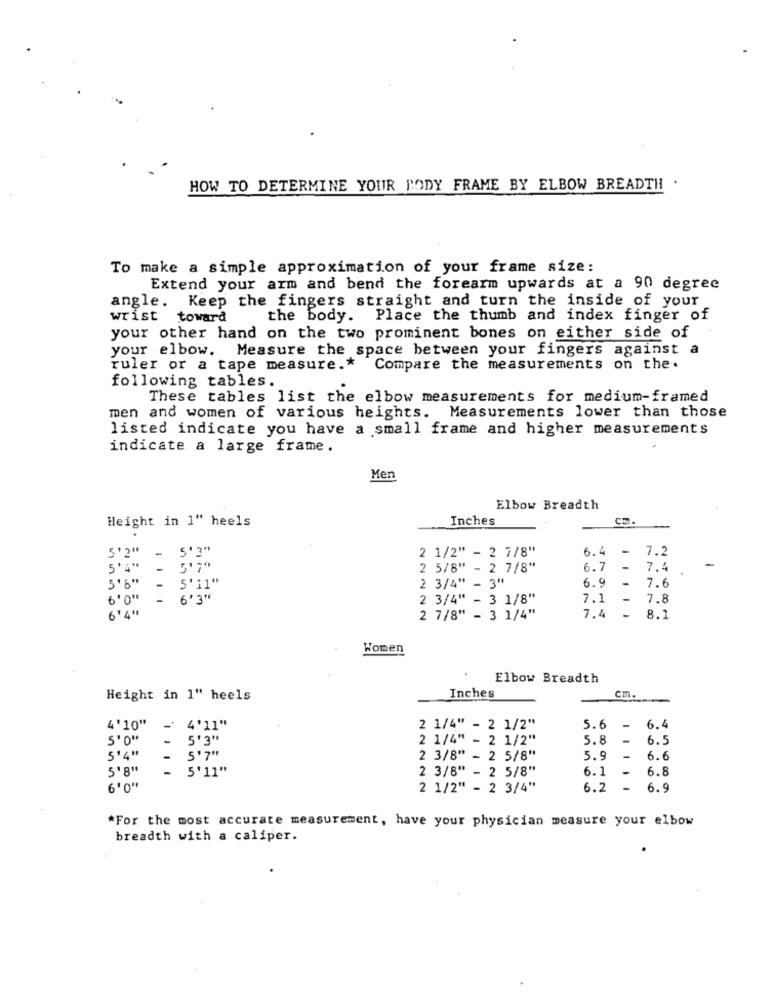
HOW TO DETERMINE YOUR BODY FRAME BY ELBOW BREADTH .
To make a simple approximation of your frame size:
Extend your arm and bend the forearm upwards at a 90 degree
angle. Keep the fingers straight and turn the inside of your
wrist toward
the body. Place the thumb and index finger of
your other hand on the two prominent bones on either side of
your elbow. Measure the space between your fingers against a
ruler or a tape measure .*
Compare the measurements on the.
following tables.
These tables list the elbow measurements for medium-framed
men and women of various heights. Measurements lower than those
listed indicate you have a small frame and higher measurements
indicate a large frame.
Men
Elbow Breadth
Height in 1" heels
Inches
cz.
5'2"
-
5' 3"
2 1/2" - 2 7/8"
6. 4
-
7.2
-
-
5'7"
2 5/8" - 2 7/8"
6.7
-
7.
5'6''
5' "1"
6.9
-
7.6
-
2 3/4" - 3"
6'0"
-
2 3/4" - 3 1/8"
7.1
-
7.8
6'4"
7.4
2 7/8" - 3 1/4"
8.2
Women
Elbow Breadth
Height in 1" heels
Inches
4'10"
4'11"
2 1/4" - 2 1/2"
5.6
6.4
5'0"
- 5'3"
2 1/4" - 2 1/2"
5.8
6.5
5'4"
- 5'7"
2 3/8" - 2 5/8"
5.9
-
6.6
- 5'11"
2 3/8" - 2 5/8"
6.1
6.8
6'0"
2 1/2" - 2 3/4"
6.2
6.9
*For the most accurate measurement, have your physician measure your elbow
breadth with a caliper.